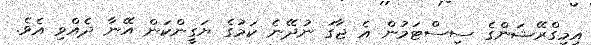
އިމިގްރޭޝަންގެ ސިސްޓަމުން އެ ޖާގަ ނުދޭނެ ކަމުގެ ޔަގީންކަން އޭނާ ދެއްވި އެވެ.